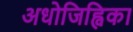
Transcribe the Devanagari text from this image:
अधोजिह्विका